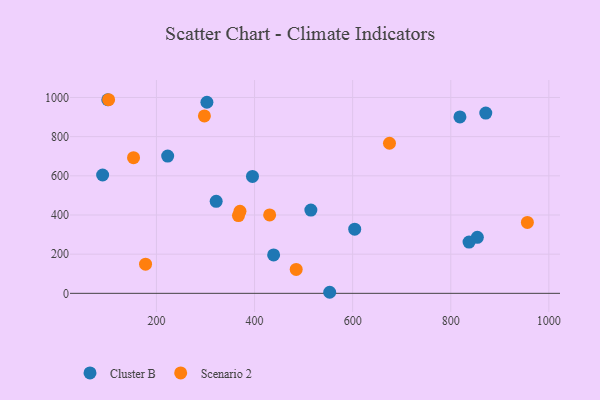
{"axis": {"x": "Investment", "y": "Demand"}, "legend": ["Cluster B", "Scenario 2"], "data": [{"x": "321.8", "y": 469.9, "type": "Cluster B"}, {"x": "604.2", "y": 327.5, "type": "Cluster B"}, {"x": "222.9", "y": 700.6, "type": "Cluster B"}, {"x": "395.8", "y": 597.1, "type": "Cluster B"}, {"x": "514.8", "y": 425.2, "type": "Cluster B"}, {"x": "90.3", "y": 604.2, "type": "Cluster B"}, {"x": "818.7", "y": 900.6, "type": "Cluster B"}, {"x": "100.8", "y": 988.3, "type": "Cluster B"}, {"x": "871.4", "y": 920.1, "type": "Cluster B"}, {"x": "854.2", "y": 286.0, "type": "Cluster B"}, {"x": "837.3", "y": 261.6, "type": "Cluster B"}, {"x": "302.9", "y": 975.6, "type": "Cluster B"}, {"x": "438.9", "y": 195.9, "type": "Cluster B"}, {"x": "553.2", "y": 5.4, "type": "Cluster B"}, {"x": "956.2", "y": 362.0, "type": "Scenario 2"}, {"x": "430.8", "y": 400.3, "type": "Scenario 2"}, {"x": "102.5", "y": 988.5, "type": "Scenario 2"}, {"x": "153.3", "y": 692.5, "type": "Scenario 2"}, {"x": "484.9", "y": 122.3, "type": "Scenario 2"}, {"x": "367.2", "y": 396.8, "type": "Scenario 2"}, {"x": "297.8", "y": 905.6, "type": "Scenario 2"}, {"x": "370.3", "y": 418.9, "type": "Scenario 2"}, {"x": "675.1", "y": 766.4, "type": "Scenario 2"}, {"x": "177.8", "y": 148.9, "type": "Scenario 2"}]}